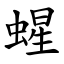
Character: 䗌